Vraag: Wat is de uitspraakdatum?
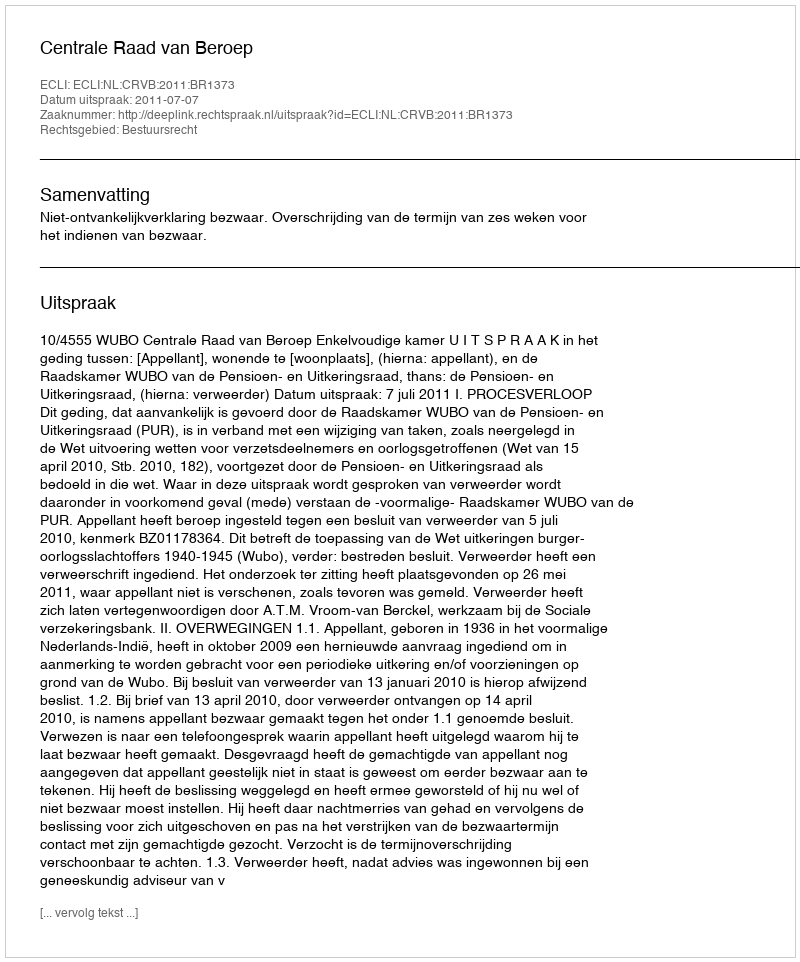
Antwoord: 2011-07-07